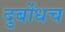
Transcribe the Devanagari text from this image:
दुर्बोधच